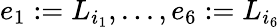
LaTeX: e_{1}:=L_{i_{1}},...,e_{6}:=L_{i_{6}}